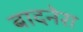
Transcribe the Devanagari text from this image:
बादनेरा